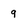
Character: 9